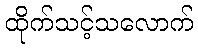
ထိုက်သင့်သလောက်